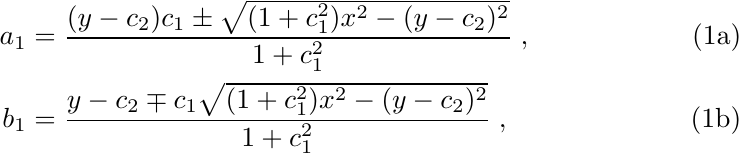
\begin{subequations}
  \begin{align}
    a_1 & = \frac{(y - c_2) c_1 \pm \sqrt{(1+c_1^2) x^2 - (y - c_2)^2}}{1+c_1^2} \; , \\
    b_1 & = \frac{ y- c_2 \mp c_1 \sqrt{(1+c_1^2) x^2 - (y - c_2)^2}}{1+c_1^2} \; ,
  \end{align}
\end{subequations}